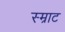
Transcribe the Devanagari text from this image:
स्म्राट